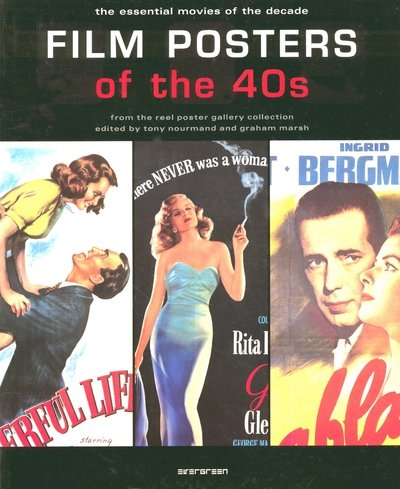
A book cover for Film Posters of the 40s: The Essential Movies of the Decade; Crafts, Hobbies & Home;